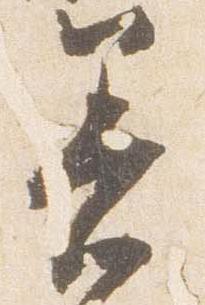
着